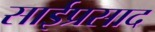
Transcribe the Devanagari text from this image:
साईप्रसाद